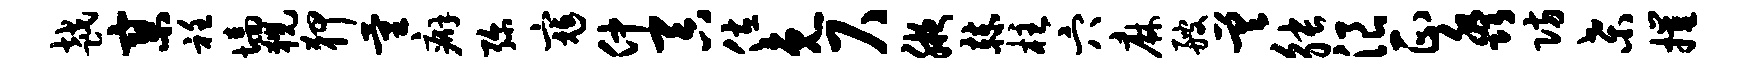
越寥衽墙猊狎量癖弥寇仲吞佐免尺腋赫柱穴麻艘差觖浪正淼防桑摧